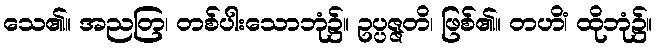
သေ၏။ အညတြ၊ တစ်ပါးသောဘုံ၌။ ဥပ္ပဇ္ဇတိ၊ ဖြစ်၏။ တဟိံ၊ ထိုဘုံ၌။